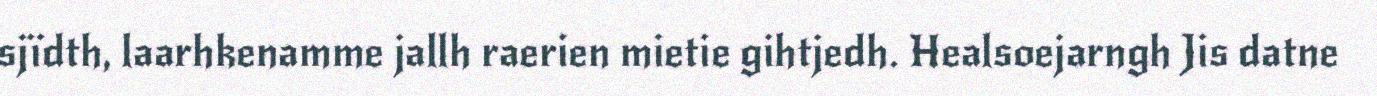
sjïdth, laarhkenamme jallh raerien mietie gihtjedh. Healsoejarngh Jis datne